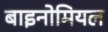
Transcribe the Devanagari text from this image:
बाइनोमियल